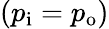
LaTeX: (p_{\mathrm{{i}}}=p_{\mathrm{{o}}})